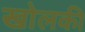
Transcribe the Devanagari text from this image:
खोलकी